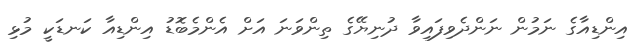
އިންޑިއާގެ ނަމުން ނަންދެވިފައިވާ ދުނިޔޭގެ ތިންވަނަ އަށް އެންމެބޮޑު އިންޑިއާ ކަނޑަކީ މުޅި